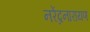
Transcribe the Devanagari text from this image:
नरेंद्रनारायण